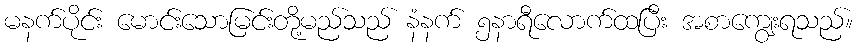
မနက်ပိုင်း မောင်းသောမြင်းတို့မည်သည် နံနက် ၅နာရီလောက်ထပြီး အစာကျွေးရသည်။